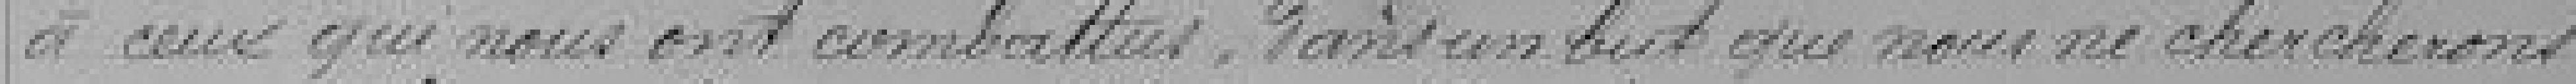
à ceux qui nous ont combattu dans un but que nous ne chercherons